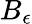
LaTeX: B_{\epsilon}